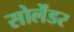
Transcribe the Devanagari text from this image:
सोलेंडर